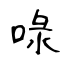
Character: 㖨